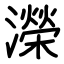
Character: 濚